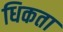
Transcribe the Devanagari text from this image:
धिकता